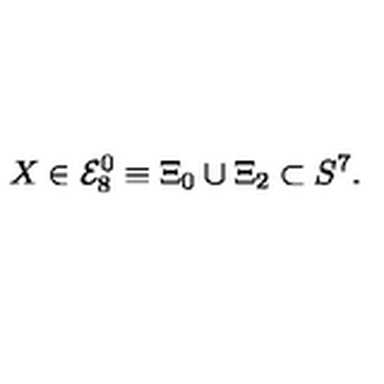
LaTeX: X \in { \cal E } _ { 8 } ^ { 0 } \equiv \Xi _ { 0 } \cup \Xi _ { 2 } \subset S ^ { 7 } .